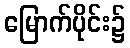
မြောက်ပိုင်း၌